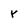
Character: r